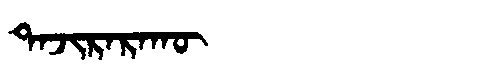
Manchu: ᡨᠠᠵᡳᡵᠠᡵᠠᡴᡡ
Romanization: TAJIRARAKŪ